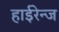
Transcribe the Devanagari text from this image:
हाईरेन्ज